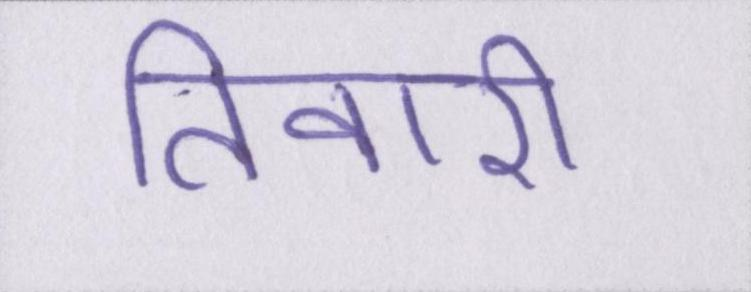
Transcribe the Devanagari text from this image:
तिवारी